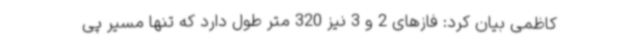
کاظمی بیان کرد: فازهای 2 و 3 نیز 320 متر طول دارد که تنها مسیر پی